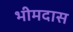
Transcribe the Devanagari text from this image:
भीमदास